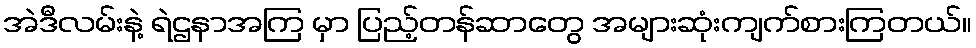
အဲဒီလမ်းနဲ့ ရဲဌနာအကြ မှာ ပြည့်တန်ဆာတွေ အများဆုံးကျက်စားကြတယ်။